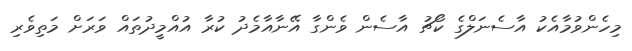
މިހެންވުމާއެކު އާސެނަލްގެ ކޯޗު އާސެން ވެންގާ އޭނާއާމެދު ކުރާ އުއްމީދުތައް ވަރަށް މަތިވެރި